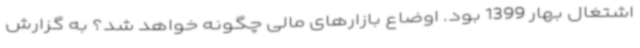
اشتغال بهار 1399 بود. اوضاع بازارهای مالی چگونه خواهد شد؟ به گزارش